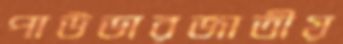
পাউডারজাতীয়